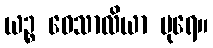
ယဉ္စ ဝေသာလိယာ ပုရေ။